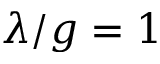
\lambda / g = 1